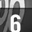
Digit: 6